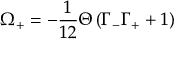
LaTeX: \Omega _ { + } = - { \frac { 1 } { 1 2 } } \Theta \left( \Gamma _ { - } \Gamma _ { + } + 1 \right)